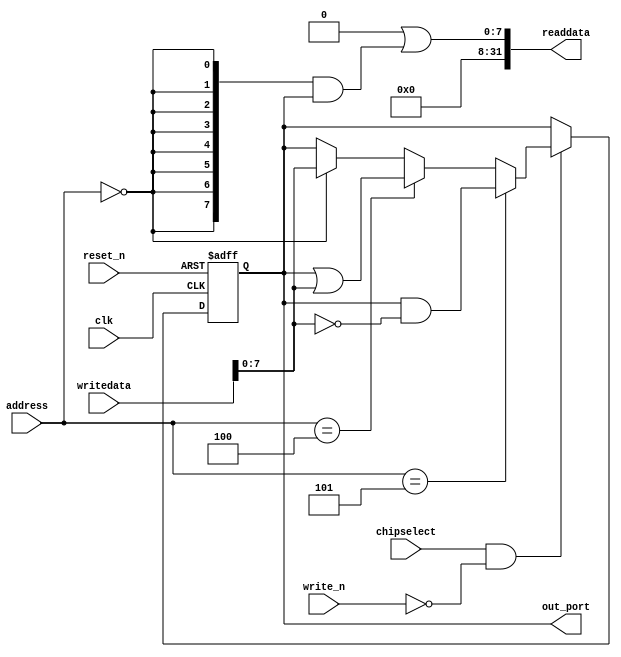
module nios_dut_pio_3 (
                         address,
                         chipselect,
                         clk,
                         reset_n,
                         write_n,
                         writedata,
                         out_port,
                         readdata
                      )
;
  output  [  7: 0] out_port;
  output  [ 31: 0] readdata;
  input   [  2: 0] address;
  input            chipselect;
  input            clk;
  input            reset_n;
  input            write_n;
  input   [ 31: 0] writedata;
  wire             clk_en;
  reg     [  7: 0] data_out;
  wire    [  7: 0] out_port;
  wire    [  7: 0] read_mux_out;
  wire    [ 31: 0] readdata;
  wire             wr_strobe;
  assign clk_en = 1;
  assign read_mux_out = {8 {(address == 0)}} & data_out;
  assign wr_strobe = chipselect && ~write_n;
  always @(posedge clk or negedge reset_n)
    begin
      if (reset_n == 0)
          data_out <= 0;
      else if (clk_en)
          if (wr_strobe)
              data_out <= (address == 5)? data_out & ~writedata[7 : 0]: (address == 4)? data_out | writedata[7 : 0]: (address == 0)? writedata[7 : 0]: data_out;
    end
  assign readdata = {32'b0 | read_mux_out};
  assign out_port = data_out;
endmodule